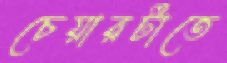
চেয়ারটাতে